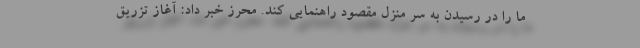
ما را در رسیدن به سر منزل مقصود راهنمایی كند. محرز خبر داد: آغاز تزریق